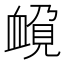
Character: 𲀚